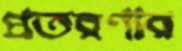
প্রতরণার